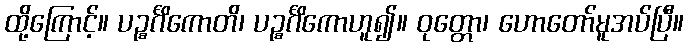
ထို့ကြောင့်။ ပဉ္စင်္ဂိကောတိ၊ ပဉ္စင်္ဂိကောဟူ၍။ ဝုတ္တော၊ ဟောတော်မူအပ်ပြီ။